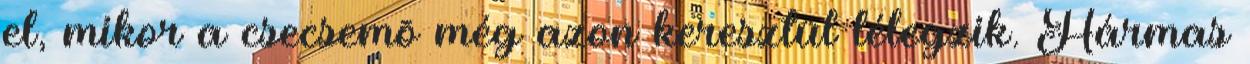
el, mikor a csecsemõ még azon keresztül lélegzik. Hármas